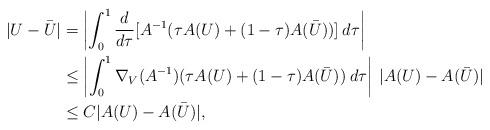
LaTeX: \begin{align*}|U-\bar{U}|&=\left|\int_0^1\frac{d}{d\tau}[A^{-1}(\tau A(U)+(1-\tau)A(\bar{U}))]\:d\tau\right|\\&\leq\left|\int_0^1\nabla_V(A^{-1})(\tau A(U)+(1-\tau)A(\bar{U}))\:d\tau\right|\:|A(U)-A(\bar{U})|\\&\leq C |A(U)-A(\bar{U})|,\end{align*}